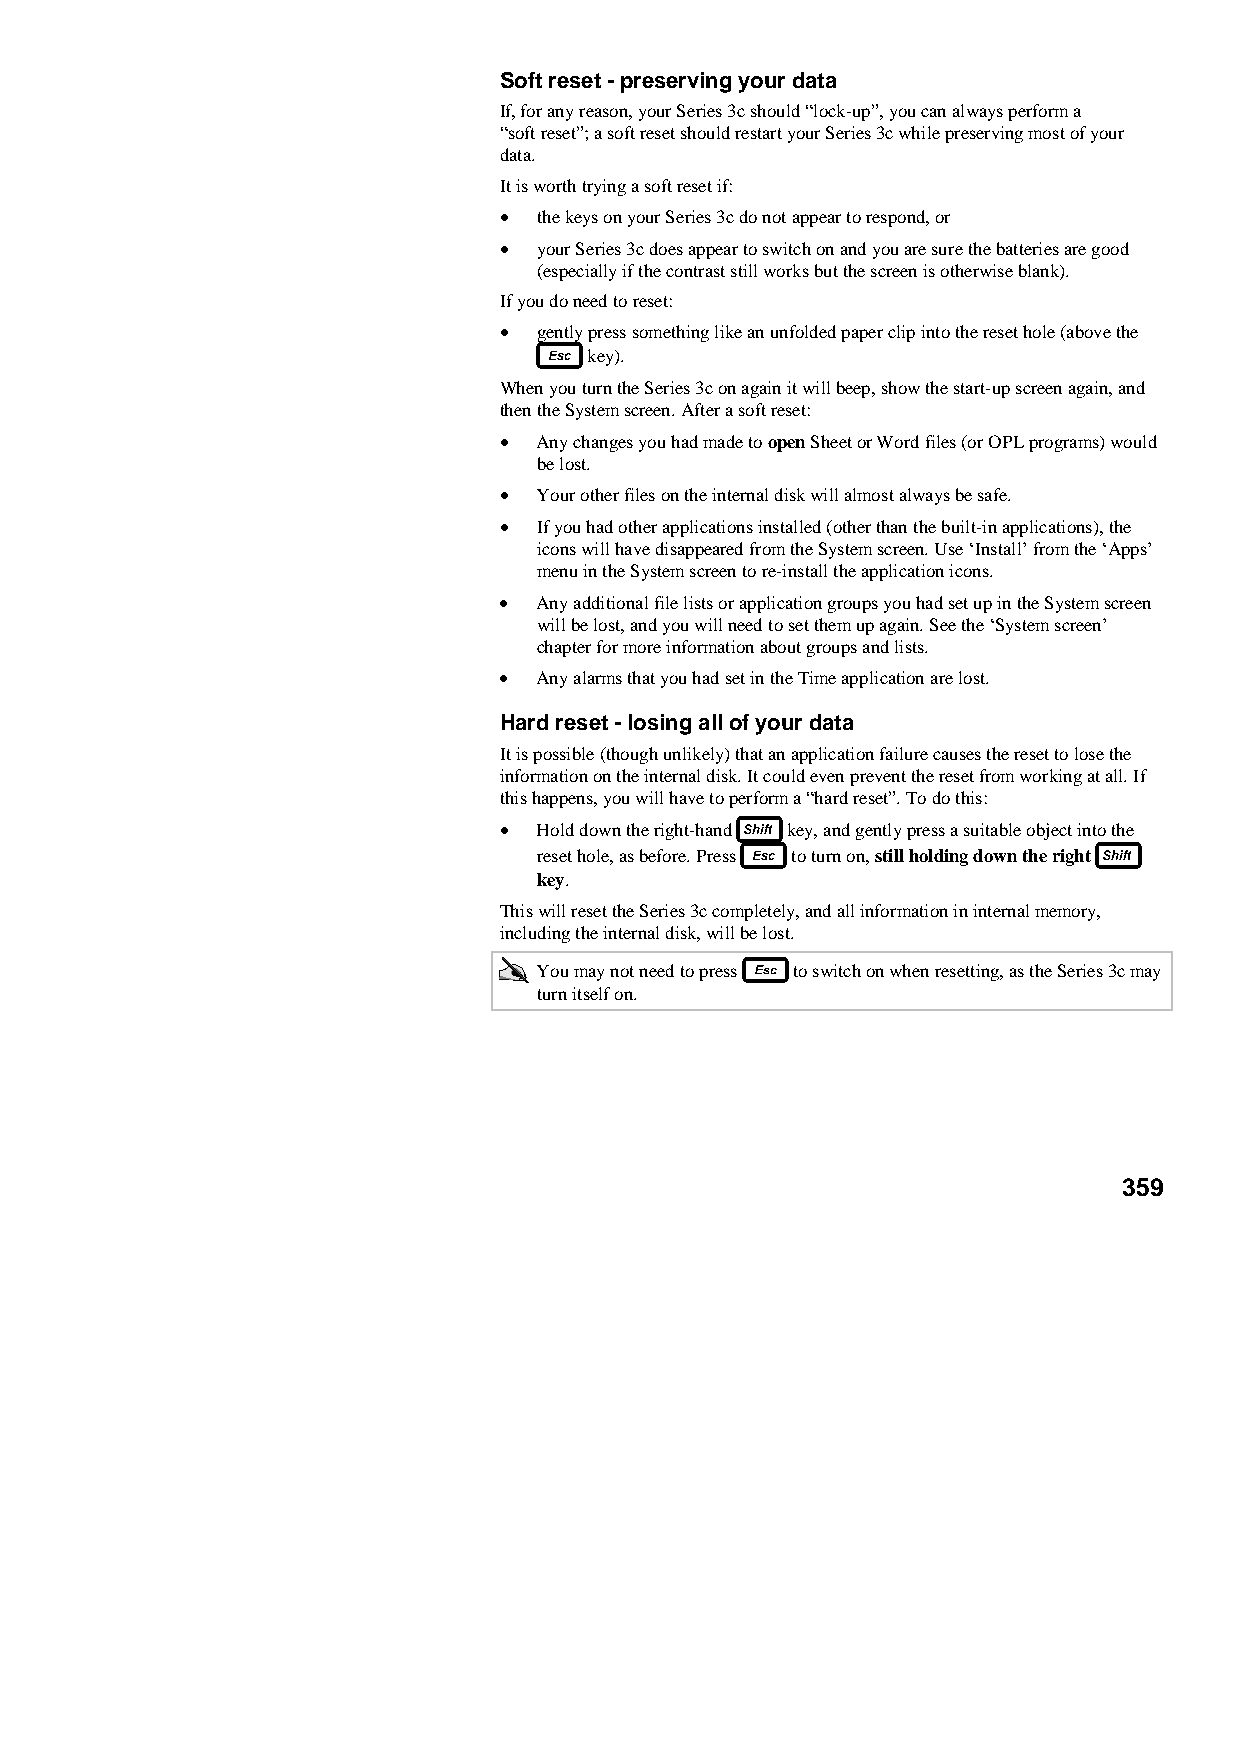
Soft reset - preserving your data
 If, for any reason, your Series 3c should “lock-up”, you can always perform a
 “soft reset”; a soft reset should restart your Series 3c while preserving most of your
 data.
 It is worth trying a soft reset if:
 •  the keys on your Series 3c do not appear to respond, or
 •  your Series 3c does appear to switch on and you are sure the batteries are good
 (especially if the contrast still works but the screen is otherwise blank).
 If you do need to reset:
 •  gently press something like an unfolded paper clip into the reset hole (above the
 key).
 When you turn the Series 3c on again it will beep, show the start-up screen again, and
 then the System screen. After a soft reset:
 •  Any changes you had made to open Sheet or Word files (or OPL programs) would
 be lost.
 •  Your other files on the internal disk will almost always be safe.
 •  If you had other applications installed (other than the built-in applications), the
 icons will have disappeared from the System screen. Use ‘Install’ from the ‘Apps’
 menu in the System screen to re-install the application icons.
 •  Any additional file lists or application groups you had set up in the System screen
 will be lost, and you will need to set them up again. See the ‘System screen’
 chapter for more information about groups and lists.
 •  Any alarms that you had set in the Time application are lost.
 Hard reset - losing all of your data
 It is possible (though unlikely) that an application failure causes the reset to lose the
 information on the internal disk. It could even prevent the reset from working at all. If
 this happens, you will have to perform a “hard reset”. To do this:
 •  Hold down the right-hand key, and gently press a suitable object into the
 reset hole, as before. Press to turn on, still holding down the right
 key.
 This will reset the Series 3c completely, and all information in internal memory,
 including the internal disk, will be lost.
 You may not need to press to switch on when resetting, as the Series 3c may
 turn itself on.
 359